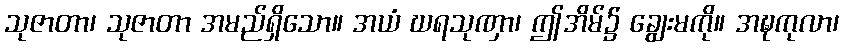
သုဇာတာ၊ သုဇာတာ အမည်ရှိသော။ အယံ ဃရသုဏှာ၊ ဤအိမ်၌ ချွေးမကို။ အဍ္ဎကုလာ၊